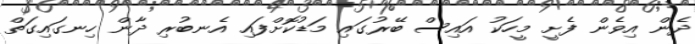
ދެން އިވެން ފެށީ މީހަކު އައިސް ބޭރުގައި މަޑުކޮށްފައި އެނބުރި ދާން ހިނގައިގަތް